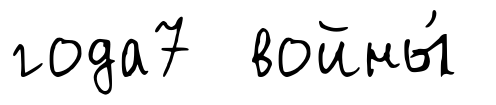
года7 войны́